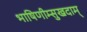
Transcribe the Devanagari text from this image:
भाषिणीम्सुखदाम्